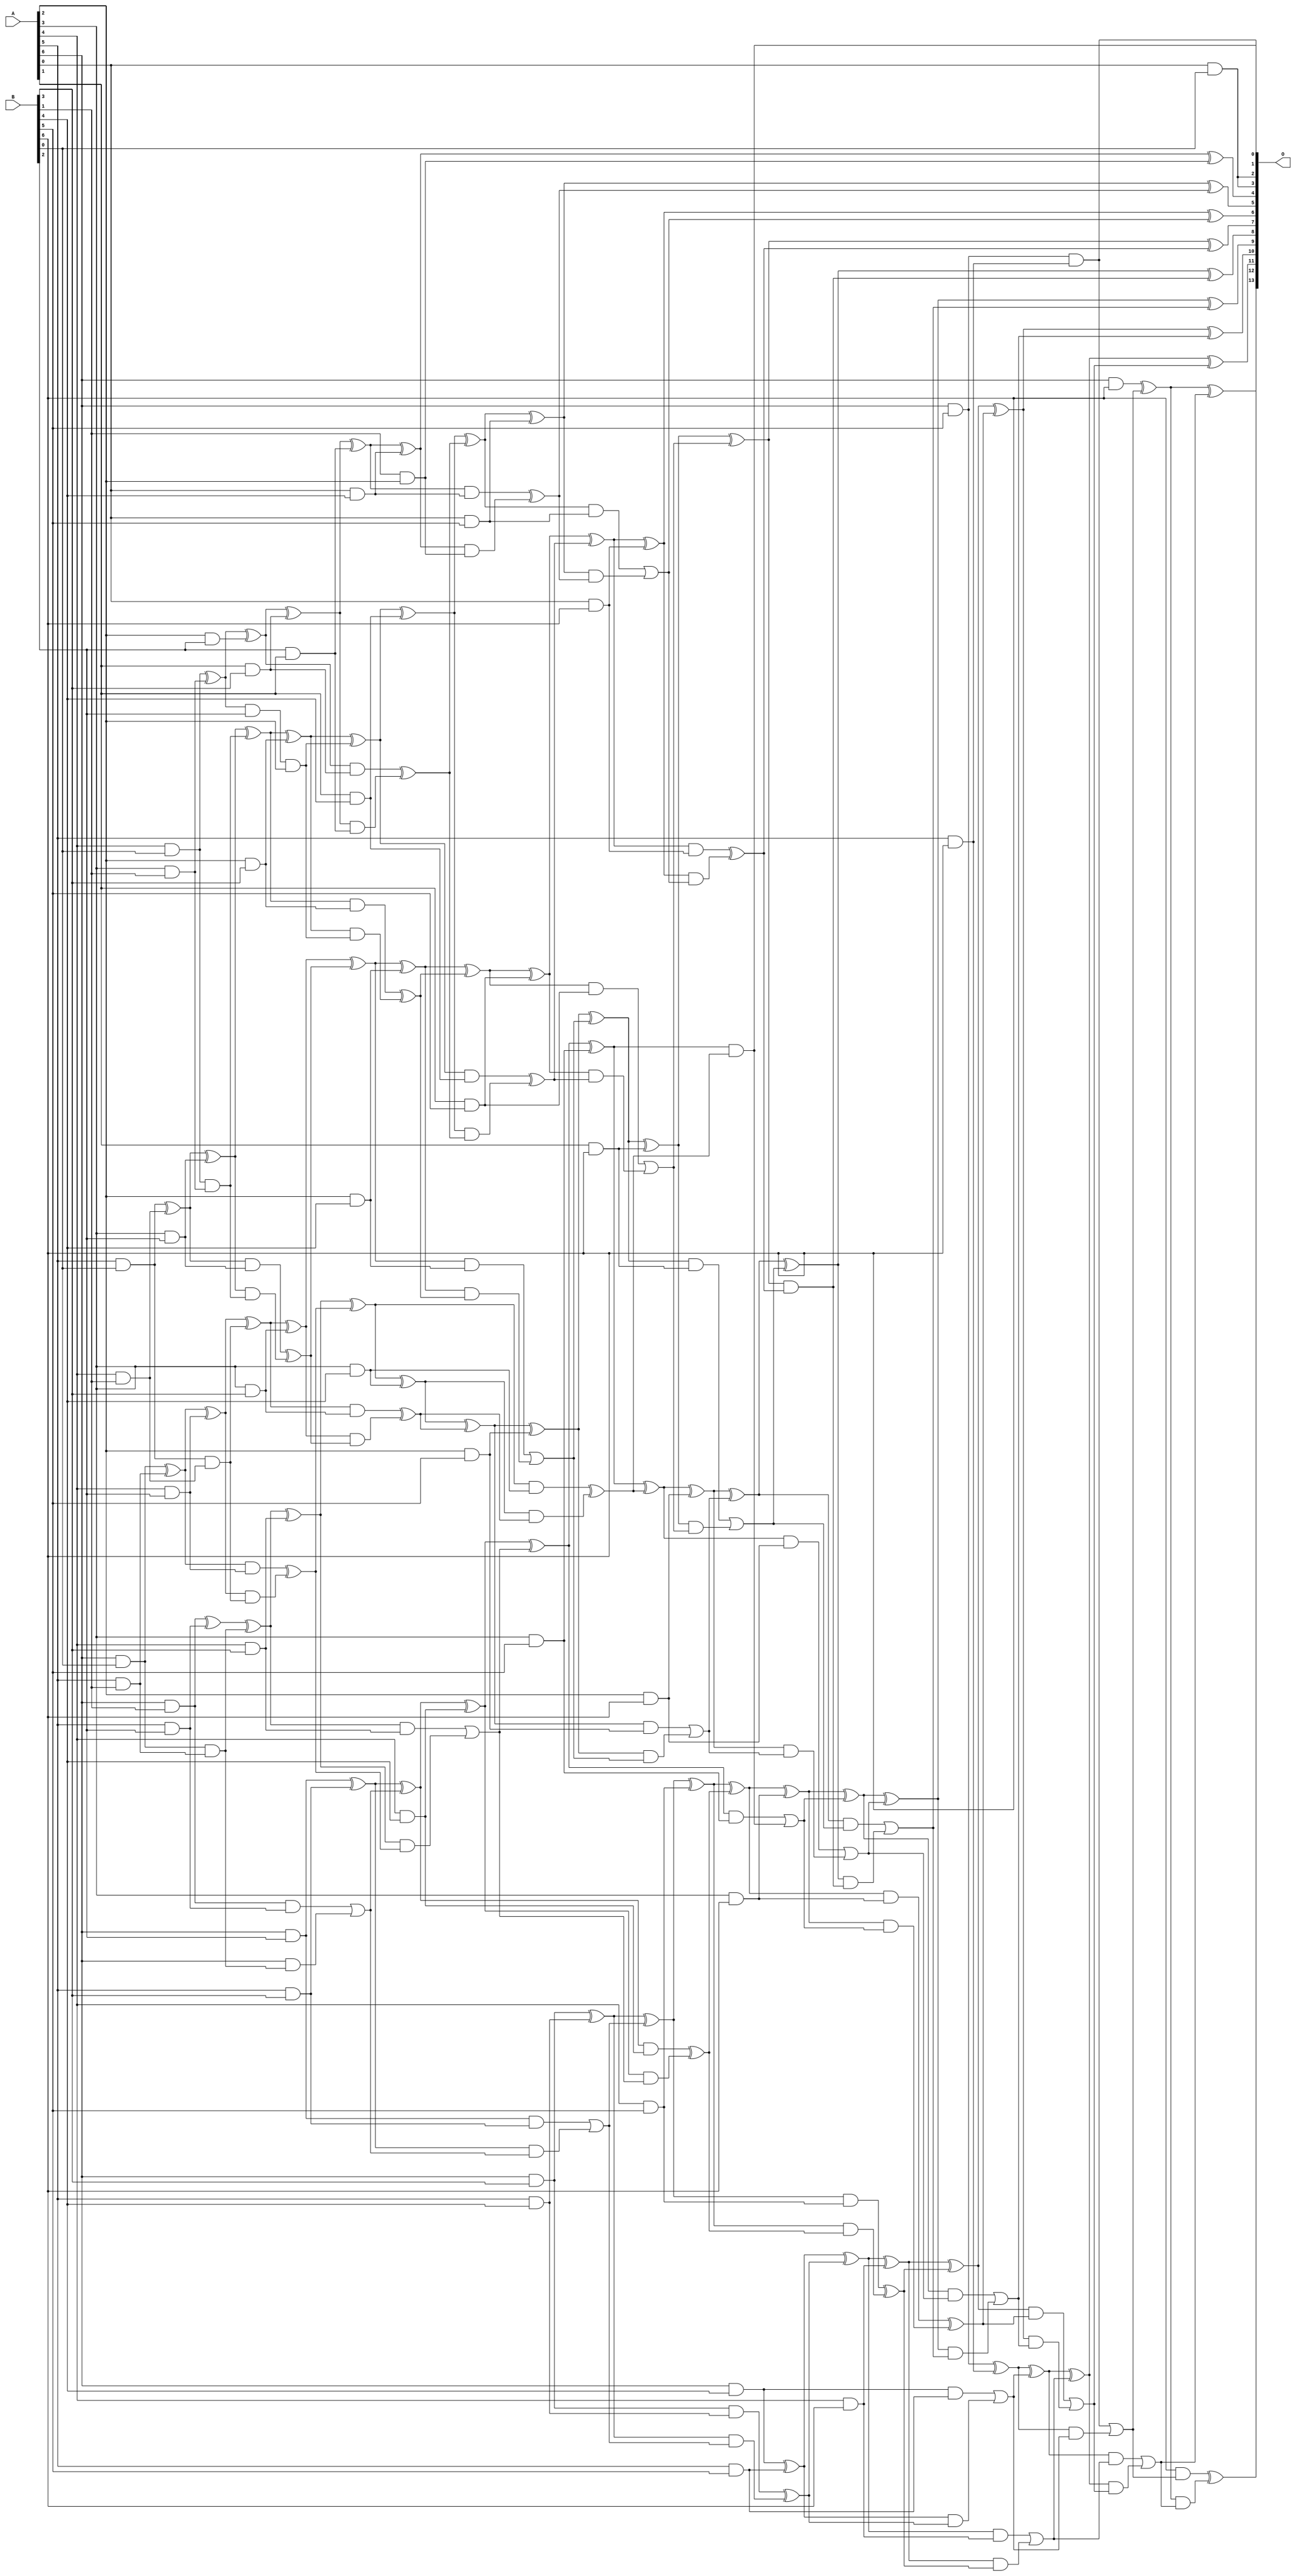
// This program was cloned from: https://github.com/ehw-fit/evoapproxlib
// License: MIT License

/***
* This code is a part of EvoApproxLib library (ehw.fit.vutbr.cz/approxlib) distributed under The MIT License.
* When used, please cite the following article(s): V. Mrazek, S. S. Sarwar, L. Sekanina, Z. Vasicek and K. Roy, "Design of power-efficient approximate multipliers for approximate artificial neural networks," 2016 IEEE/ACM International Conference on Computer-Aided Design (ICCAD), Austin, TX, 2016, pp. 1-7. doi: 10.1145/2966986.2967021 
* This file contains a circuit from a sub-set of pareto optimal circuits with respect to the pwr and ep parameters
***/
// MAE% = 0.03 %
// MAE = 4.9 
// WCE% = 0.092 %
// WCE = 15 
// WCRE% = 1100.00 %
// EP% = 82.61 %
// MRE% = 0.98 %
// MSE = 40 
// PDK45_PWR = 0.252 mW
// PDK45_AREA = 454.3 um2
// PDK45_DELAY = 1.23 ns


module mul7u_03M(A, B, O);
  input [6:0] A, B;
  output [13:0] O;
  wire [6:0] A, B;
  wire [13:0] O;
  wire sig_18, sig_19, sig_20, sig_24, sig_25, sig_26;
  wire sig_27, sig_34, sig_35, sig_36, sig_37, sig_38;
  wire sig_39, sig_42, sig_43, sig_44, sig_45, sig_46;
  wire sig_56, sig_57, sig_58, sig_60, sig_61, sig_62;
  wire sig_63, sig_64, sig_65, sig_66, sig_67, sig_68;
  wire sig_69, sig_70, sig_71, sig_72, sig_73, sig_74;
  wire sig_75, sig_76, sig_78, sig_79, sig_80, sig_81;
  wire sig_82, sig_83, sig_88, sig_89, sig_90, sig_91;
  wire sig_92, sig_93, sig_94, sig_95, sig_96, sig_97;
  wire sig_98, sig_99, sig_100, sig_101, sig_102, sig_103;
  wire sig_104, sig_105, sig_106, sig_107, sig_108, sig_109;
  wire sig_110, sig_111, sig_112, sig_113, sig_114, sig_115;
  wire sig_116, sig_117, sig_118, sig_119, sig_120, sig_121;
  wire sig_122, sig_123, sig_125, sig_126, sig_127, sig_128;
  wire sig_129, sig_130, sig_131, sig_132, sig_133, sig_134;
  wire sig_135, sig_136, sig_137, sig_138, sig_139, sig_140;
  wire sig_141, sig_142, sig_143, sig_144, sig_145, sig_146;
  wire sig_147, sig_148, sig_149, sig_150, sig_151, sig_152;
  wire sig_153, sig_154, sig_155, sig_156, sig_157, sig_158;
  wire sig_159, sig_160, sig_162, sig_163, sig_164, sig_165;
  wire sig_166, sig_167, sig_168, sig_169, sig_170, sig_171;
  wire sig_172, sig_173, sig_174, sig_176, sig_177, sig_178;
  wire sig_179, sig_180, sig_181, sig_182, sig_183, sig_184;
  wire sig_185, sig_186, sig_187, sig_188, sig_189, sig_190;
  wire sig_191, sig_192, sig_193, sig_194, sig_195, sig_196;
  wire sig_197, sig_199, sig_200, sig_201, sig_202, sig_203;
  wire sig_204, sig_205, sig_206, sig_207, sig_208, sig_209;
  wire sig_210, sig_211, sig_212, sig_213, sig_214, sig_215;
  wire sig_216, sig_217, sig_218, sig_219, sig_220, sig_222;
  wire sig_223, sig_224, sig_226, sig_227, sig_228, sig_229;
  wire sig_231, sig_232, sig_233, sig_234, sig_236, sig_237;
  wire sig_238, sig_239, sig_241, sig_242, sig_243, sig_244;
  wire sig_246, sig_247, sig_248, sig_249;
  assign sig_18 = A[4] & B[0];
  assign sig_19 = A[5] & B[0];
  assign sig_20 = A[6] & B[0];
  assign sig_24 = A[3] & B[1];
  assign sig_25 = A[4] & B[1];
  assign sig_26 = A[5] & B[1];
  assign sig_27 = A[6] & B[1];
  assign sig_34 = sig_18 ^ sig_24;
  assign sig_35 = sig_18 & sig_24;
  assign sig_36 = sig_19 ^ sig_25;
  assign sig_37 = sig_19 & sig_25;
  assign sig_38 = sig_20 ^ sig_26;
  assign sig_39 = sig_20 & sig_26;
  assign sig_42 = A[2] & B[2];
  assign sig_43 = A[3] & B[2];
  assign sig_44 = A[4] & B[2];
  assign sig_45 = A[5] & B[2];
  assign sig_46 = A[6] & B[2];
  assign sig_56 = B[2] & A[1];
  assign sig_57 = sig_34 ^ sig_42;
  assign sig_58 = sig_34 & B[2];
  assign sig_60 = sig_57;
  assign sig_61 = sig_58 & A[2];
  assign sig_62 = sig_36 ^ sig_43;
  assign sig_63 = sig_36 & sig_43;
  assign sig_64 = sig_62 & sig_35;
  assign sig_65 = sig_62 ^ sig_35;
  assign sig_66 = sig_63 ^ sig_64;
  assign sig_67 = sig_38 ^ sig_44;
  assign sig_68 = sig_38 & sig_44;
  assign sig_69 = sig_67 & sig_37;
  assign sig_70 = sig_67 ^ sig_37;
  assign sig_71 = sig_68 ^ sig_69;
  assign sig_72 = sig_27 ^ sig_45;
  assign sig_73 = sig_27 & sig_45;
  assign sig_74 = A[6] & sig_39;
  assign sig_75 = sig_72 ^ sig_39;
  assign sig_76 = sig_73 | sig_74;
  assign O[2] = A[0] & B[0];
  assign sig_78 = A[1] & B[3];
  assign sig_79 = A[2] & B[3];
  assign sig_80 = A[3] & B[3];
  assign sig_81 = A[4] & B[3];
  assign sig_82 = A[5] & B[3];
  assign sig_83 = A[6] & B[3];
  assign sig_88 = B[1] & A[2];
  assign sig_89 = sig_60 ^ sig_78;
  assign sig_90 = sig_60 & sig_78;
  assign sig_91 = sig_89 & sig_56;
  assign sig_92 = sig_89 ^ sig_56;
  assign sig_93 = sig_90 ^ sig_91;
  assign sig_94 = sig_65 ^ sig_79;
  assign sig_95 = sig_65 & sig_79;
  assign sig_96 = sig_94 & sig_61;
  assign sig_97 = sig_94 ^ sig_61;
  assign sig_98 = sig_95 ^ sig_96;
  assign sig_99 = sig_70 ^ sig_80;
  assign sig_100 = sig_70 & sig_80;
  assign sig_101 = sig_99 & sig_66;
  assign sig_102 = sig_99 ^ sig_66;
  assign sig_103 = sig_100 ^ sig_101;
  assign sig_104 = sig_75 ^ sig_81;
  assign sig_105 = sig_75 & sig_81;
  assign sig_106 = sig_104 & sig_71;
  assign sig_107 = sig_104 ^ sig_71;
  assign sig_108 = sig_105 | sig_106;
  assign sig_109 = sig_46 ^ sig_82;
  assign sig_110 = sig_46 & sig_82;
  assign sig_111 = sig_109 & sig_76;
  assign sig_112 = sig_109 ^ sig_76;
  assign sig_113 = sig_110 | sig_111;
  assign sig_114 = A[0] & B[4];
  assign sig_115 = A[1] & B[4];
  assign sig_116 = A[2] & B[4];
  assign sig_117 = A[3] & B[4];
  assign sig_118 = A[4] & B[4];
  assign sig_119 = A[5] & B[4];
  assign sig_120 = A[6] & B[4];
  assign sig_121 = sig_92 ^ sig_114;
  assign sig_122 = sig_92 & sig_114;
  assign sig_123 = sig_121 & sig_88;
  assign O[4] = sig_121 ^ sig_88;
  assign sig_125 = sig_122 ^ sig_123;
  assign sig_126 = sig_97 ^ sig_115;
  assign sig_127 = sig_97 & sig_115;
  assign sig_128 = sig_126 & sig_93;
  assign sig_129 = sig_126 ^ sig_93;
  assign sig_130 = sig_127 ^ sig_128;
  assign sig_131 = sig_102 ^ sig_116;
  assign sig_132 = sig_102 & sig_116;
  assign sig_133 = sig_131 & sig_98;
  assign sig_134 = sig_131 ^ sig_98;
  assign sig_135 = sig_132 | sig_133;
  assign sig_136 = sig_107 ^ sig_117;
  assign sig_137 = sig_107 & sig_117;
  assign sig_138 = sig_136 & sig_103;
  assign sig_139 = sig_136 ^ sig_103;
  assign sig_140 = sig_137 ^ sig_138;
  assign sig_141 = sig_112 ^ sig_118;
  assign sig_142 = sig_112 & sig_118;
  assign sig_143 = sig_141 & sig_108;
  assign sig_144 = sig_141 ^ sig_108;
  assign sig_145 = sig_142 ^ sig_143;
  assign sig_146 = sig_83 ^ sig_119;
  assign sig_147 = sig_83 & sig_119;
  assign sig_148 = sig_146 & sig_113;
  assign sig_149 = sig_146 ^ sig_113;
  assign sig_150 = sig_147 ^ sig_148;
  assign sig_151 = A[0] & B[5];
  assign sig_152 = A[1] & B[5];
  assign sig_153 = A[2] & B[5];
  assign sig_154 = A[3] & B[5];
  assign sig_155 = A[4] & B[5];
  assign sig_156 = A[5] & B[5];
  assign sig_157 = A[6] & B[5];
  assign sig_158 = sig_129 ^ sig_151;
  assign sig_159 = sig_129 & sig_151;
  assign sig_160 = sig_158 & sig_125;
  assign O[5] = sig_158 ^ sig_125;
  assign sig_162 = sig_159 | sig_160;
  assign sig_163 = sig_134 ^ sig_152;
  assign sig_164 = sig_134 & sig_152;
  assign sig_165 = sig_163 & sig_130;
  assign sig_166 = sig_163 ^ sig_130;
  assign sig_167 = sig_164 | sig_165;
  assign sig_168 = sig_139 ^ sig_153;
  assign sig_169 = sig_139 & sig_153;
  assign sig_170 = sig_168 & sig_135;
  assign sig_171 = sig_168 ^ sig_135;
  assign sig_172 = sig_169 | sig_170;
  assign sig_173 = sig_144 ^ sig_154;
  assign sig_174 = sig_144 & sig_154;
  assign O[0] = sig_173 & sig_140;
  assign sig_176 = sig_173 ^ sig_140;
  assign sig_177 = sig_174 | O[0];
  assign sig_178 = sig_149 ^ sig_155;
  assign sig_179 = sig_149 & sig_155;
  assign sig_180 = sig_178 & sig_145;
  assign sig_181 = sig_178 ^ sig_145;
  assign sig_182 = sig_179 ^ sig_180;
  assign sig_183 = sig_120 ^ sig_156;
  assign sig_184 = sig_120 & sig_156;
  assign sig_185 = sig_183 & sig_150;
  assign sig_186 = sig_183 ^ sig_150;
  assign sig_187 = sig_184 | sig_185;
  assign sig_188 = A[0] & B[6];
  assign sig_189 = A[1] & B[6];
  assign sig_190 = A[2] & B[6];
  assign sig_191 = A[3] & B[6];
  assign sig_192 = A[4] & B[6];
  assign sig_193 = A[5] & B[6];
  assign sig_194 = A[6] & B[6];
  assign sig_195 = sig_166 ^ sig_188;
  assign sig_196 = sig_166 & sig_188;
  assign sig_197 = sig_195 & sig_162;
  assign O[6] = sig_195 ^ sig_162;
  assign sig_199 = sig_196 ^ sig_197;
  assign sig_200 = sig_171 ^ sig_189;
  assign sig_201 = sig_171 & sig_189;
  assign sig_202 = sig_200 & sig_167;
  assign sig_203 = sig_200 ^ sig_167;
  assign sig_204 = sig_201 | sig_202;
  assign sig_205 = sig_176 ^ sig_190;
  assign sig_206 = sig_176 & sig_190;
  assign sig_207 = sig_205 & sig_172;
  assign sig_208 = sig_205 ^ sig_172;
  assign sig_209 = sig_206 | sig_207;
  assign sig_210 = sig_181 ^ sig_191;
  assign sig_211 = sig_181 & sig_191;
  assign sig_212 = sig_210 & sig_177;
  assign sig_213 = sig_210 ^ sig_177;
  assign sig_214 = sig_211 ^ sig_212;
  assign sig_215 = sig_186 ^ sig_192;
  assign sig_216 = sig_186 & sig_192;
  assign sig_217 = sig_215 & sig_182;
  assign sig_218 = sig_215 ^ sig_182;
  assign sig_219 = sig_216 | sig_217;
  assign sig_220 = sig_157 ^ sig_193;
  assign O[1] = sig_157 & sig_193;
  assign sig_222 = sig_220 & sig_187;
  assign sig_223 = sig_220 ^ sig_187;
  assign sig_224 = O[1] | sig_222;
  assign O[7] = sig_203 ^ sig_199;
  assign sig_226 = sig_203 & sig_199;
  assign sig_227 = sig_208 ^ sig_204;
  assign sig_228 = sig_208 & sig_204;
  assign sig_229 = sig_227 & sig_226;
  assign O[8] = sig_227 ^ sig_226;
  assign sig_231 = sig_228 | sig_229;
  assign sig_232 = sig_213 ^ sig_209;
  assign sig_233 = sig_213 & sig_209;
  assign sig_234 = sig_232 & sig_231;
  assign O[9] = sig_232 ^ sig_231;
  assign sig_236 = sig_233 | sig_234;
  assign sig_237 = sig_218 ^ sig_214;
  assign sig_238 = sig_218 & sig_214;
  assign sig_239 = sig_237 & sig_236;
  assign O[10] = sig_237 ^ sig_236;
  assign sig_241 = sig_238 | sig_239;
  assign sig_242 = sig_223 ^ sig_219;
  assign sig_243 = sig_223 & sig_219;
  assign sig_244 = sig_242 & sig_241;
  assign O[11] = sig_242 ^ sig_241;
  assign sig_246 = sig_243 | sig_244;
  assign sig_247 = sig_194 ^ sig_224;
  assign sig_248 = B[6] & sig_224;
  assign sig_249 = sig_247 & sig_246;
  assign O[12] = sig_247 ^ sig_246;
  assign O[13] = sig_248 ^ sig_249;
  assign O[3] = O[2];
endmodule